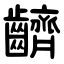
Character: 䶩